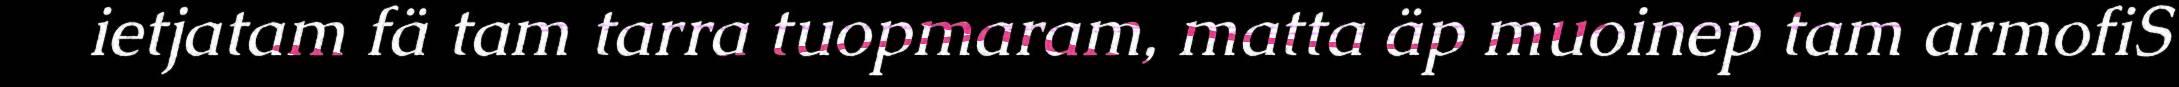
ietjatam fä tam tarra tuopmaram, matta äp muoinep tam armofiS